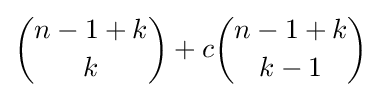
{\binom {n-1+k}{k}}+c{\binom {n-1+k}{k-1}}